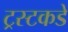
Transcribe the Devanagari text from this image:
ट्रस्टकडे